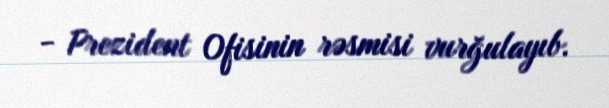
- Prezident Ofisinin rəsmisi vurğulayıb.